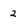
Character: 2